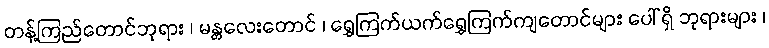
တန့်ကြည်တောင်ဘုရား ၊ မန္တလေးတောင် ၊ ရွှေကြက်ယက်ရွှေကြက်ကျတောင်များ ပေါ် ရှိ ဘုရားများ ၊